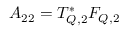
A _ { 2 2 } = T _ { Q , 2 } ^ { * } F _ { Q , 2 }